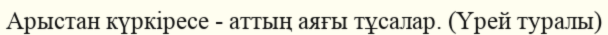
Арыстан күркіресе - аттың аяғы тұсалар. (Үрей туралы)